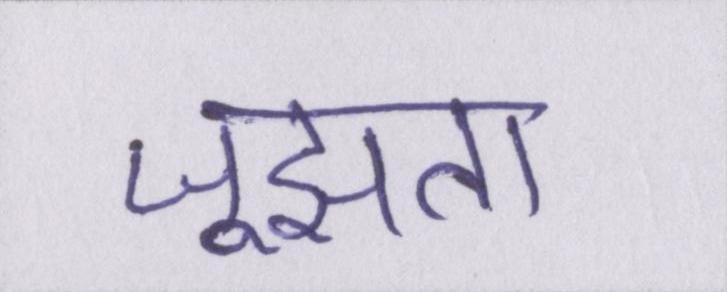
जूझता